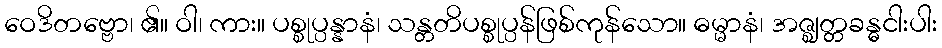
ဝေဒိတဗ္ဗော၊ ၏။ ဝါ၊ ကား။ ပစ္စုပ္ပန္နာနံ၊ သန္တတိပစ္စုပ္ပန်ဖြစ်ကုန်သော။ ဓမ္မာနံ၊ အဇ္ဈတ္တခန္ဓငါးပါး